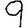
Digit: 9